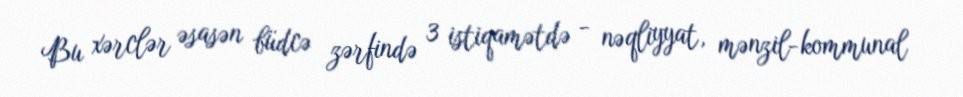
Bu xərclər əsasən büdcə zərfində 3 istiqamətdə - nəqliyyat, mənzil-kommunal